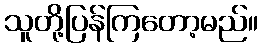
သူတို့ပြန်ကြတော့မည်။